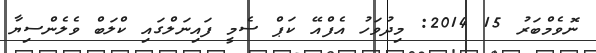
ނޮވެމްބަރު 15 2014: މިދުވަހު އެފްއޭ ކަޕް ސެމީ ފައިނަލްގައި ކްލަބް ވެލެންސިޔާ